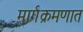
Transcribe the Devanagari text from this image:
मार्गक्रमणात